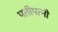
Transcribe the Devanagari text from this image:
पतीपत्‍नी